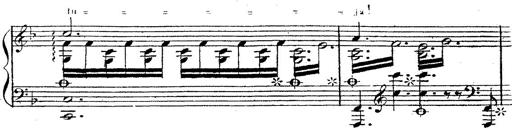
Title: 12 Lieder von Franz Schubert
Composer: Franz Liszt